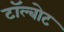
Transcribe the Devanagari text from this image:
टॉल्बोट